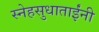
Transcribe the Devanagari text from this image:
स्नेहसुधाताईंनी